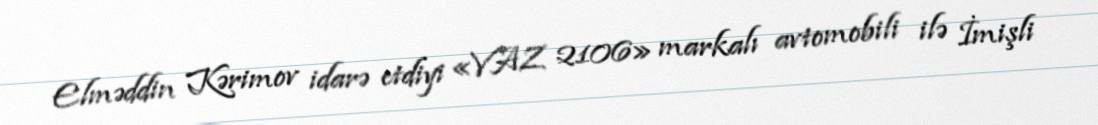
Elməddin Kərimov idarə etdiyi «VAZ 2106» markalı avtomobili ilə İmişli